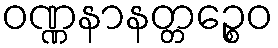
ဝဏ္ဏနာနတ္တဉ္စေဝ